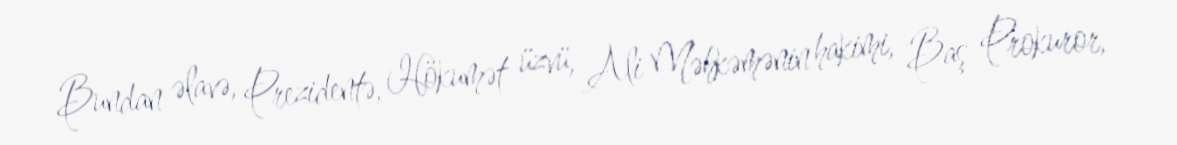
Bundan əlavə, Prezidentə, Hökumət üzvü, Ali Məhkəmənin hakimi, Baş Prokuror,